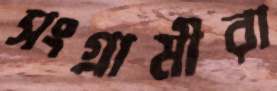
সংগ্রামীরা